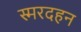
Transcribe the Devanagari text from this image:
स्मरदहन